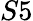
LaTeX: S5